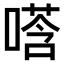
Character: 𫫚